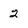
Character: 2